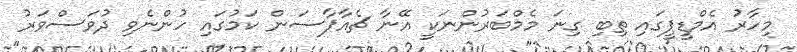
މިހާރު އެމްޑީޕީގައި ތިބި ގިނަ މެމްބަރުންނަކީ އޭނާ ޗެއާޕާސަން ކަމުގައި ހުންނެވި ދުވަސްވަރު